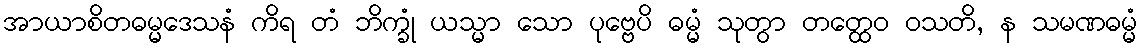
အာယာစိတဓမ္မဒေသနံ ကိရ တံ ဘိက္ခုံ ယသ္မာ သော ပုဗ္ဗေပိ ဓမ္မံ သုတွာ တတ္ထေဝ ဝသတိ, န သမဏဓမ္မံ